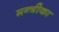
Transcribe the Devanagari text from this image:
मन्त्रीका